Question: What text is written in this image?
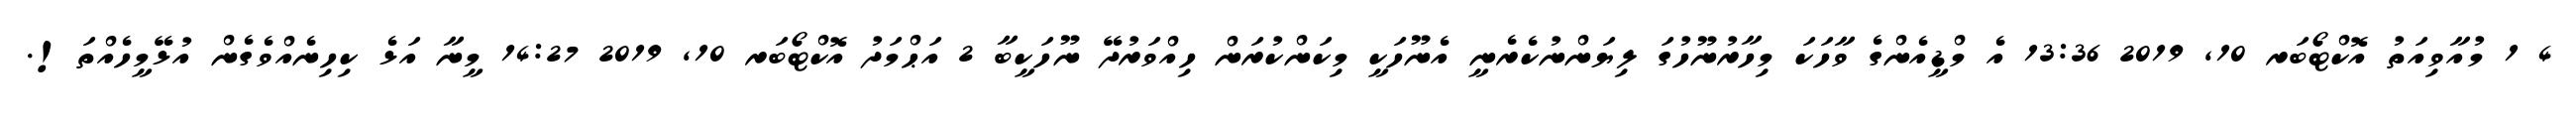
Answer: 4 1 މުއާވިއަތު އޮކްޓޯބަރ 10, 2019 13:36 އެ މްޑީއެންގެ ވާހަކަ މިހާރުނޫހުގަ ލިޔަންނުކެރެނީ އެނޫހަކީ މިކަންކުރަން ހިއްވަރުދޭ ނޫހަކީބާ 2 އަޙްމަދު އޮކްޓޯބަރ 10, 2019 14:27 މީނާ އަޅެ ކިހިނެއްވެގެން އުޅޭމީހެއްތަ!.